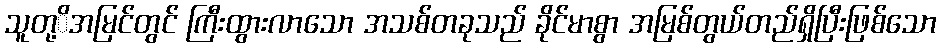
သူတု့ိအမြင်တွင် ကြီးထွားလာသော အသစ်တခုသည် ခိုင်မာစွာ အမြစ်တွယ်တည်ရှိပြီးဖြစ်သော